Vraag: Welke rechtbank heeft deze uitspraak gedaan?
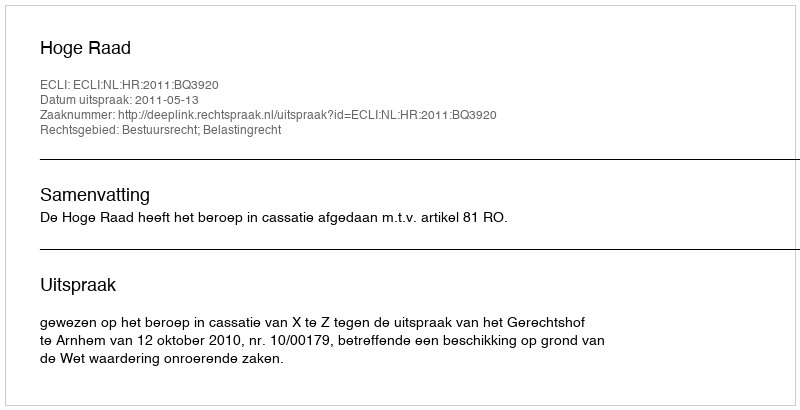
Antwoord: Hoge Raad